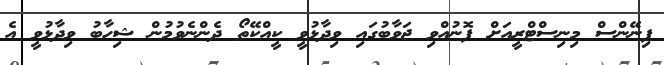
ފިނޭންސް މިނިސްޓްރީއަށް ފޮނުއްވި ޖަވާބުގައި ވިދާޅުވީ ކީއްކޭތޯ ދެންނެވުމުން ޝިހާބު ވިދާޅުވީ އެ